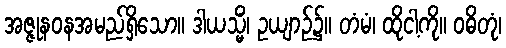
အဇ္ဇုနဝနအမည်ရှိသော။ ဒါယသ္မိံ၊ ဥယျာဉ်၌။ တံမံ၊ ထိုငါ့ကို။ ဝဓိတုံ၊